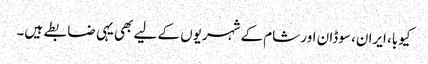
کیوبا، ایران، سوڈان اور شام کے شہریوں کے لیے بھی یہی ضابطے ہیں۔